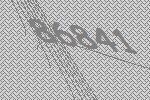
86841